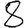
Digit: 8